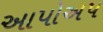
આપોઅપ